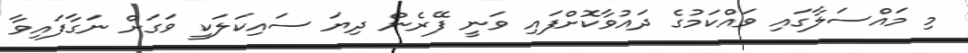
މި މައްސަލާގައި ވައްކަމުގެ ދައުވާކޮށްފައި ވަނީ ފޭރެން ދިޔަ ސައިކަލަކީ ވަގަށް ނަގާފައިވާ